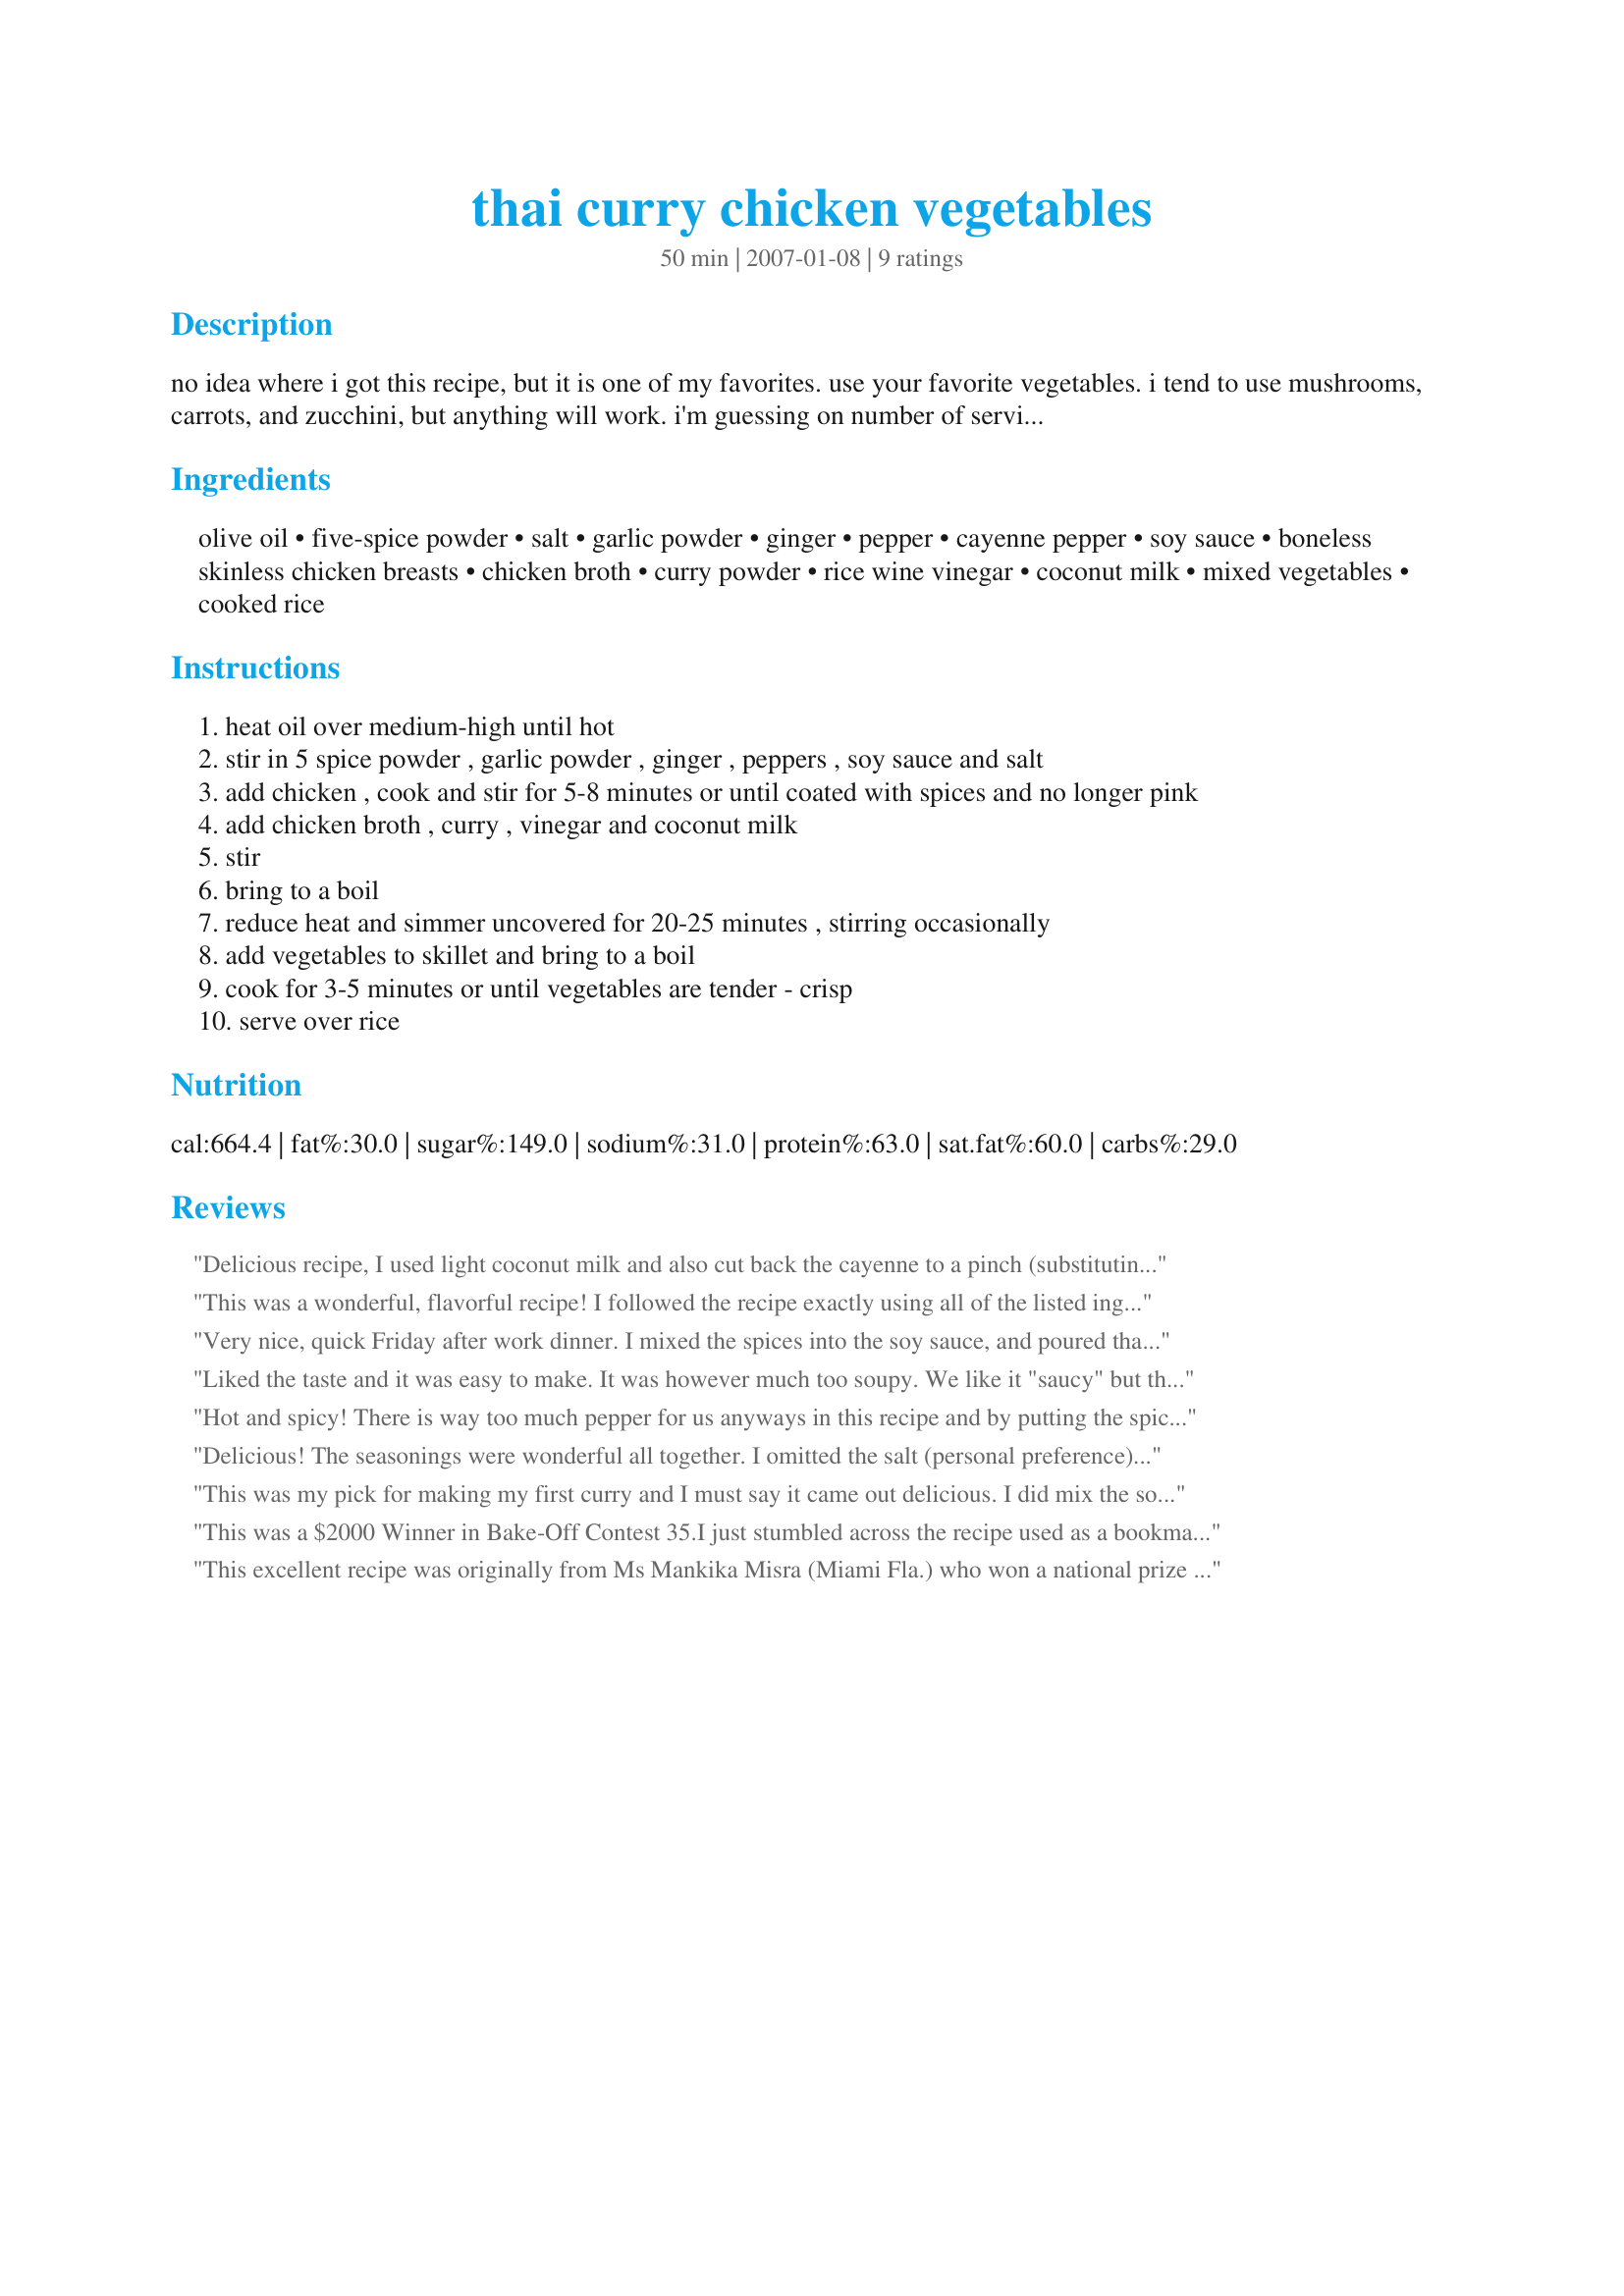
thai curry chicken vegetables
Preparation time: 50 minutes

no idea where i got this recipe, but it is one of my favorites. use your favorite vegetables. i tend to use mushrooms, carrots, and zucchini, but anything will work. i'm guessing on number of servings. i'm not crazy about really spicy dishes, so i always leave out the cayenne pepper.

Ingredients:
olive oil, five-spice powder, salt, garlic powder, ginger, pepper, cayenne pepper, soy sauce, boneless skinless chicken breasts, chicken broth, curry powder, rice wine vinegar, coconut milk, mixed vegetables, cooked rice

Steps:
heat oil over medium-high until hot
stir in 5 spice powder , garlic powder , ginger , peppers , soy sauce and salt
add chicken , cook and stir for 5-8 minutes or until coated with spices and no longer pink
add chicken broth , curry , vinegar and coconut milk
stir
bring to a boil
reduce heat and simmer uncovered for 20-25 minutes , stirring occasionally
add vegetables to skillet and bring to a boil
cook for 3-5 minutes or until vegetables are tender - crisp
serve over rice

Reviews:
Delicious recipe, I used light coconut milk and also cut back the cayenne to a pinch (substituting paprika to restore the lovely reddish hue). My veggies were broccoli, red pepper, and peas which looked lovely against the color of the sauce. If you are using lite coconut milk this will be a bit more "soupy" as the only difference between regular and lite coconut milk is the addition of water (compare the cans to see!). As such, I cut back my chicken broth to 1/2 cup and was pleased with the results. Great recipe, a keeper. Thanks, Karen!
This was a wonderful, flavorful recipe! I followed the recipe exactly using all of the listed ingredients but I tossed the chicken in the soy sauce and mixed spices before adding it to the medium-hot oil. I didn't experience any smoking. I used a 14oz bag of frozen stir-fry veggies and would have liked even more. I think this would be great as a vegetarian dish as well. I served it over jasmine rice. I used the full amount of peppers and it was hot but not so hot that it left my tongue burning...I could still taste all of the flavors...and I have a low heat tolerance. This also made the house smell great while it was cooking. Thanks for this keeper recipe! Made for 1-2-3 hit wonders.
Very nice, quick Friday after work dinner. I mixed the spices into the soy sauce, and poured that over the chicken, so no smoking. I used carrots, baby corn, broccoli, mushrooms and sauteed onions. Next time I will use some red bell pepper for color! The flavor mix was just right! I did leave out the salt, though. Don't think it needed it with the soy sauce.
Liked the taste and it was easy to make. It was however much too soupy. We like it "saucy" but this was a little too wet. Maybe the cup of chicken broth could be decreased to 1/2 a cup or less. 
Used one big garlic instead of the powder and decreased the cayenne pepper to 1/4 teaspoon. For vegetables I used 1 cup mushrooms, one large onion and 1 1/2 cup mixed vegetables (peas, string beans, carrots, broccoli, spinach.
Will make this again cause we really liked the taste but as said, with less fluid.
Thanks for posting.
Hot and spicy! There is way too much pepper for us anyways in this recipe and by putting the spices in the pan it smokes up the kitchen--next time I will decrease the pepper by at least 50% and add the spices to the chicken and then put the chicken in the skillet.I decreased the curry powder to 1 teaspoon but used the rest of the ingredients in the amounts specified, for the vegetables I used zucchini, green peppers and pearl onions.
Delicious! The seasonings were wonderful all together. I omitted the salt (personal preference) and used carrots, green peppers, and onions for the vegetables. Leftovers reheated wonderfully the next day. Thanks for sharing!
This was my pick for making my first curry and I must say it came out delicious. I did mix the soy sauce, pepper, garlic powder, salt and five-spice powder together and then let the chicken marinade in this mixture for a bit and then followed the recipe as written. I used cubed potatoes, peas and juliened carrots as my vegetables. I wanted a recipe to try out my new Penzey's sweet curry powder and this was just the ticket. Will definately make again. Thanks for the recipe Karen.
This was a $2000 Winner in Bake-Off Contest 35.<br/><br/>I just stumbled across the recipe used as a bookmark in an old book and was trying to find it on line rather than typing it.
This excellent recipe was originally from Ms Mankika Misra (Miami Fla.) who won a national prize for it. One of the best Thai Chicken Curry recipe's made public. Is best over a bed of Basmati rice.
